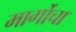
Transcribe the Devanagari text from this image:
मार्गोचा